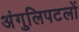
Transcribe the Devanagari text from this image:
अंगुलिपटलों